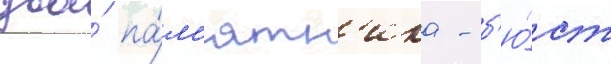
два́ па́м'ятн'ика - б'ю́ст